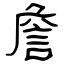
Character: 詹